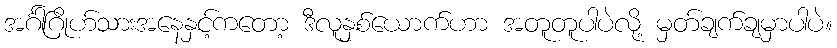
အင်္ဂါဂြိုဟ်သားအနေနှင့်ကတော့ ဒီလူနှစ်ယောက်ဟာ အတူတူပါပဲလို့ မှတ်ချက်ချမှာပါပဲ။